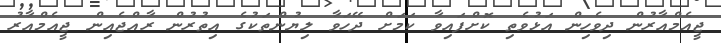
ޖީއެމްއާރުން ދިވެހިން އަޅުވެތި ކޮށްފައިވާ ކަމަށް ދޭހަވާ ލިޔުންތަކުގެ އިތުރުން ރާއްޖެއިން ޖީއެމްއާރު